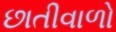
છાતીવાળો